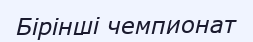
Бірінші чемпионат